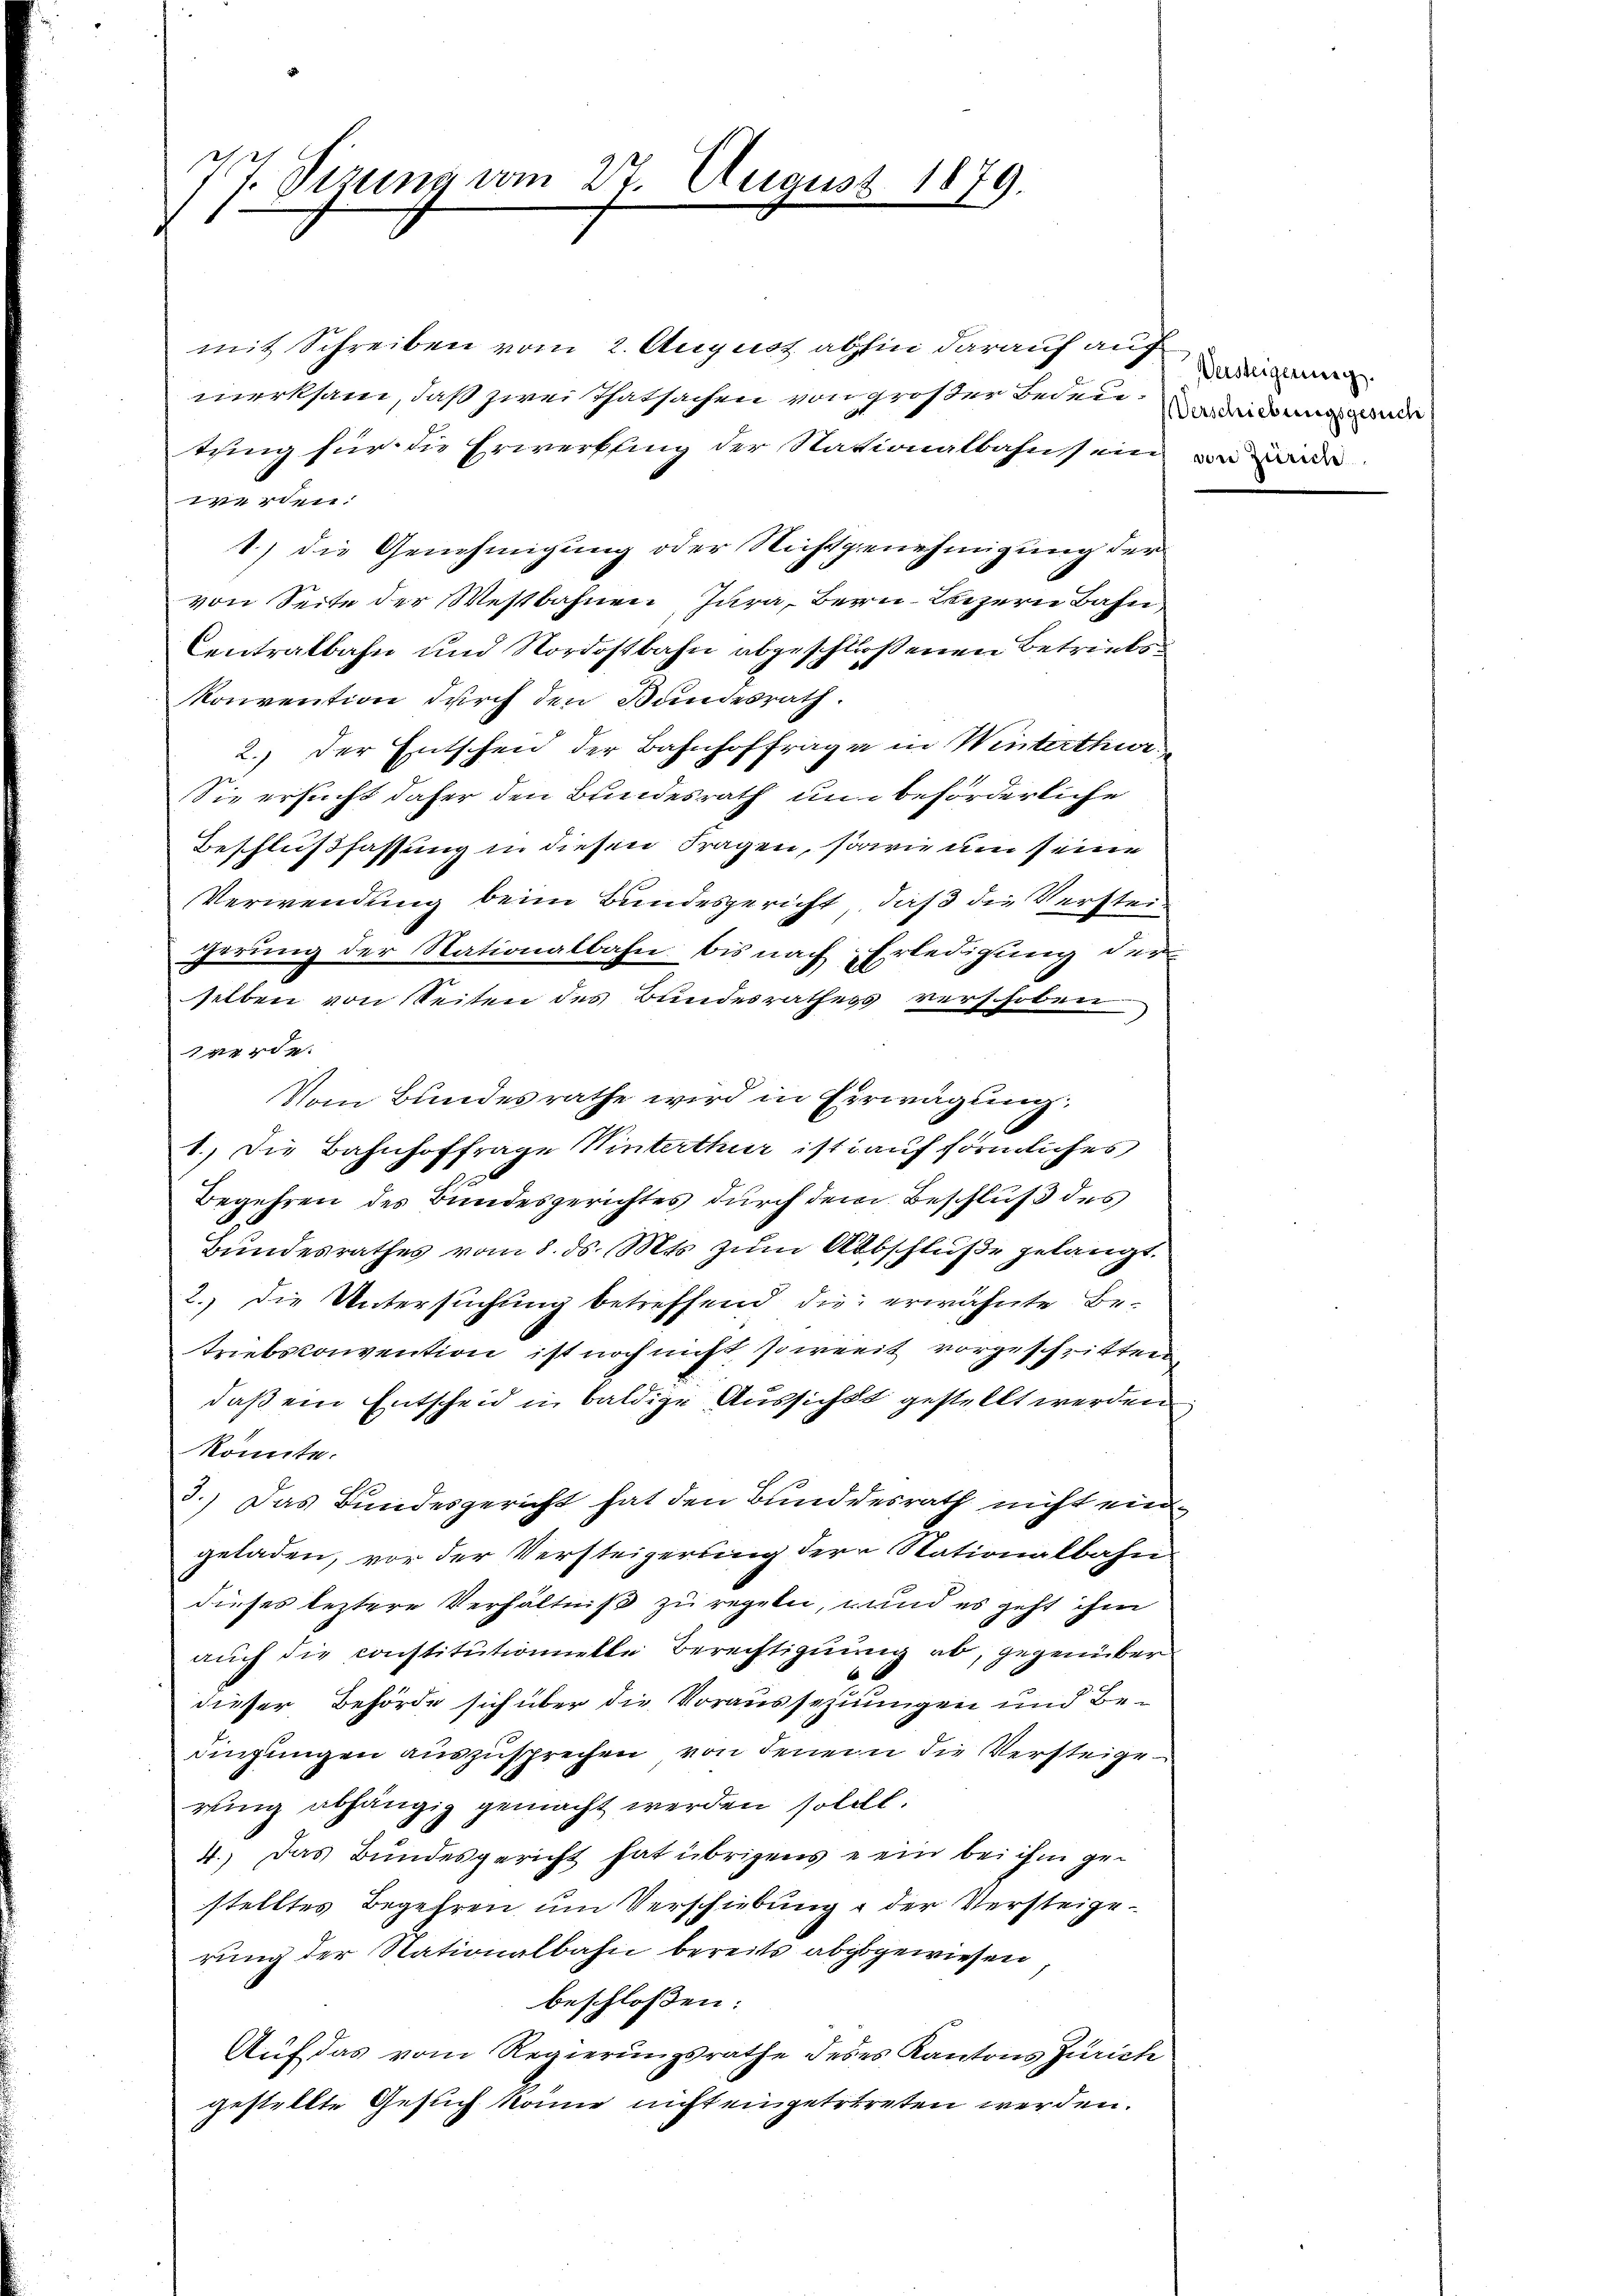
7. Sizung vom 27. August 1879.
B

mit Schreiben vom 2. August abhin darauf auf
merksam, daß zwei Thatsachen von großer Bedeu-weisen wir
tung für die Erwerksing der Nationalbahn sein ande
werden.
1) die Genehmigung oder Nichtgenehmigung der
von Seite der Westbahnen Jura, Bern Luzern Bahn,
Centralbahn und Nordostbahn abgeschloßenen Betriebs
Konvention durch den Bundesrath.
2.) Der Entscheid der Bahnhoffrage in Winterthur
Sie ersucht daher den Bundesrath unbeförderliche
Beschlußfassung in diesen Fragen, sowie um seine
Verwendung beim Bundesgericht, daß die Versteigerung der Nationalbahn bis nach Erledigung der
selben von Seiten des Bundesrathess verschoben.

Vom Bundesrathe wird in Erwägung:
1.) Die Bahnhoffrage Winterthur ist auf förmliches
Begehren des Bundesgerichtes durch dem Beschluß des
Bundesrathes vom 8. ds. Mts. zum Abschluße gelangt.
2.) Die Untersuchung betreffend die erwähnte Betriebsconvention ist noch nicht soweit vorgeschritten
daß ein Entscheid in baldige Aussicht gestellt werden
könnte.
3.) Das Bundesgericht hat den Bundesrath nicht eingeladen, vor der Versteigerung der Nationalbahn-
dieses leztere Verhältniß zu regeln, und es geht ihm
auch die constitutionnelle Berechtigung ab, gegenüber
dieser Behörde sich über die Voraussehnungen und Bedingungen auszusprechen, von denem die Versteigerung abhängig gemacht werden sollt.
4.) Das Bundesgericht hat übrigens ein bei ihm gestelltes Begehren um Verschiebung der Versteigerung der Nationalbahn bereits abzugewiesen
beschlossen:
Aŭf das vom Regierŭngsrathe deses Kantons Zürich
gestellte Gesuch könne nicht eingetrtreten werden.

Versteigennig.